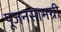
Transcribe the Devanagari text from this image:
पूजनसामग्री